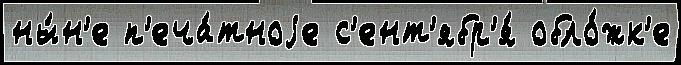
ны́н'е п'еча́тноjе с'ент'ябр'я́ обло́жк'е